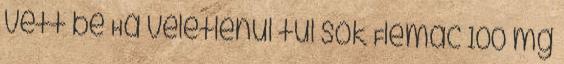
vett be Ha véletlenül túl sok Flemac 100 mg